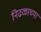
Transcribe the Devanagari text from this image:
निढळाच्या